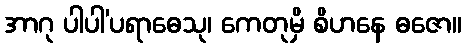
အာဂု ပါပါ’ပရာဓေသု၊ ကေတုမှိ စိဟနေ ဓဇော။